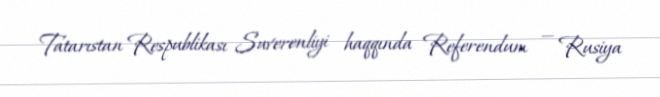
Tatarıstan Respublikası Suverenliyi haqqında Referendum — Rusiya